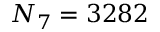
N _ { 7 } = 3 2 8 2